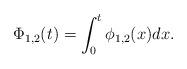
LaTeX: \begin{align*}\Phi_{1,2}(t) = \int_0^t \phi_{1,2}(x) dx. \end{align*}